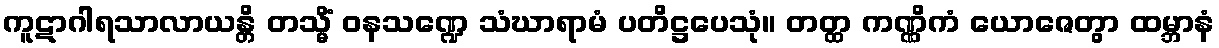
ကူဋာဂါရသာလာယန္တိ တသ္မိံ ဝနသဏ္ဍေ သံဃာရာမံ ပတိဋ္ဌပေသုံ။ တတ္ထ ကဏ္ဏိကံ ယောဇေတွာ ထမ္ဘာနံ